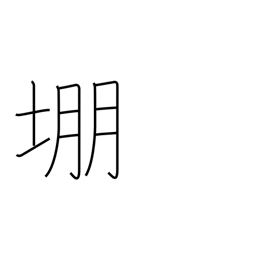
Meaning: archery target mound